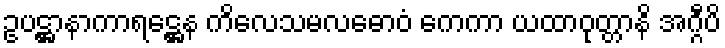
ဥပဋ္ဌာနာကာရဋ္ဌေန ကိလေသမလဓောဝံ ကေကာ ယထာဝုတ္တာနိ အဂ္ဂီပိ